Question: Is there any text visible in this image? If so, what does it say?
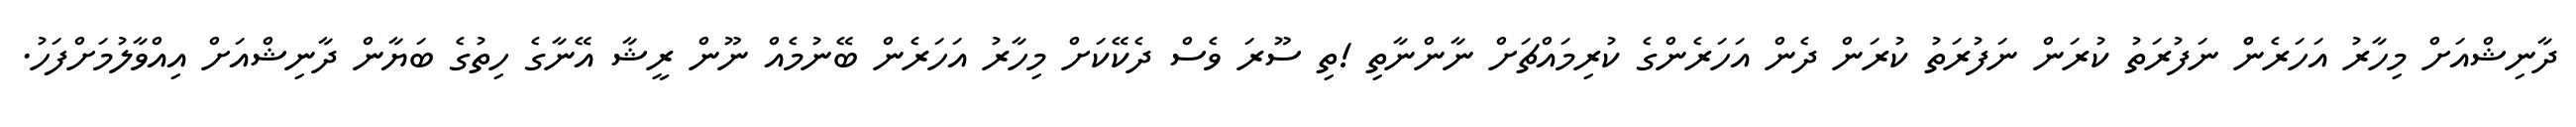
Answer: ދާނިޝްއަށް މިހާރު އަހަރެންް ނަފުރަތު ކުރަން ނަފުރަތު ކުރަން ދެން އަހަރެންގެ ކުރިމައްޗަށް ނާންނާތި !ތި ސޫރަ ވެސް ދެކޭކަށް މިހާރު އަހަރެން ބޭނުމެއް ނޫން ރީޝާ އޭނާގެ ހިތުގެ ބަޔާން ދާނިޝްއަށް އިއްވާލުމަށްފަހު.